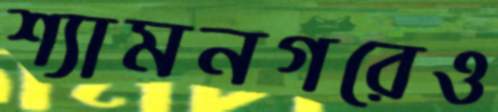
শ্যামনগরেও